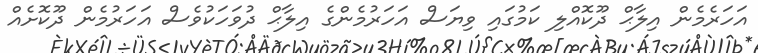
އަހަރެމެން އިލާޙް ދޫކޮއްލި ކަމުގައި ވިޔަސް އަހަރުމެންގެ އިލާޙް ދުވަހަކުވެސް އަހަރުމެން ދޫކޮށެއް